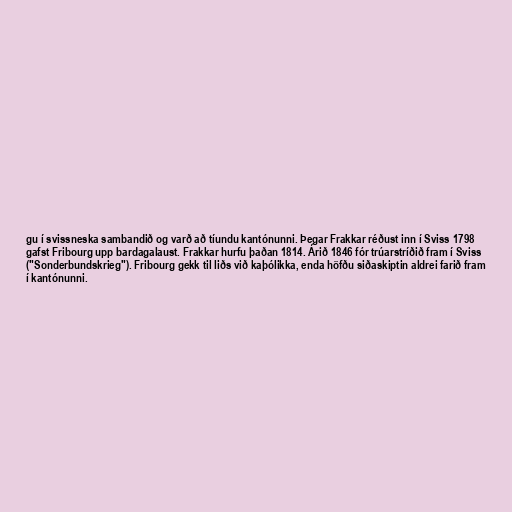
gu í svissneska sambandið og varð að tíundu kantónunni. Þegar Frakkar réðust inn í Sviss 1798
gafst Fribourg upp bardagalaust. Frakkar hurfu þaðan 1814. Árið 1846 fór trúarstríðið fram í Sviss
("Sonderbundskrieg"). Fribourg gekk til liðs við kaþólikka, enda höfðu siðaskiptin aldrei farið fram
í kantónunni.